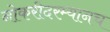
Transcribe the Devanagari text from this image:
नोकरीदरम्यानच